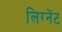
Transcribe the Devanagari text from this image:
लिग्नेंट